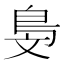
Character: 𣁓